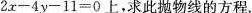
$$2 x - 4 y - 1 1 = 0$$上，求此抛物线的方程。